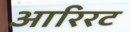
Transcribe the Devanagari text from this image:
आरिरट